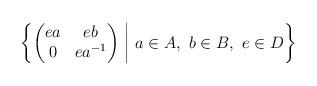
LaTeX: \begin{align*}\protect{}\left\{\begin{pmatrix} ea & eb \\ 0 & ea^{-1} \end{pmatrix} \ \middle| \ a\in A, \ b\in B, \ e\in D \right\}\end{align*}